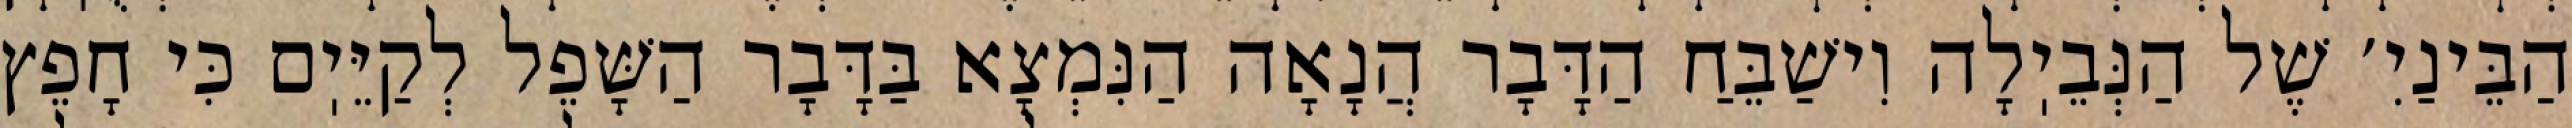
הַבֵּינַיִ׳ שֶׁל הַנְּבֵיֽלָה וִישַׁבֵּחַ הַדָּבָר הֲנָאָה הַנִּמְצָא בַּדָּבָר הַשָּׁפֵל לְקַיֵּיֽם כִּי חָפֵץ